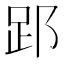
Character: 𮛈